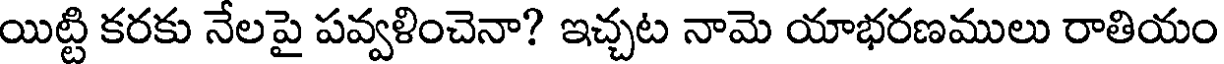
యిట్టి కరకు నేలపై పవ్వళించెనా? ఇచ్చట నామె యాభరణములు రాతియం